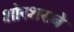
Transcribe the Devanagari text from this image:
शोरशराबे